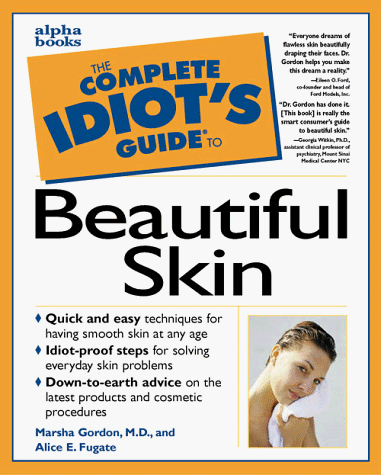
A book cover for The Complete Idiot's Guide to Beautiful Skin; Marsha Gordon; Health, Fitness & Dieting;